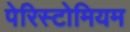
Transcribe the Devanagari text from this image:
पेरिस्टोमियम